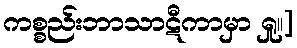
ကစ္စည်းဘာသာဋီကာမှာ ရှု။]